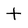
Character: t